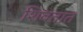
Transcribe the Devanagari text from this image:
शिवतात